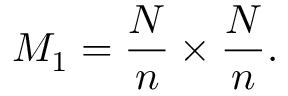
M _ { 1 } = \frac { N } { n } \times \frac { N } { n } .